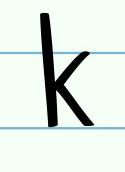
k